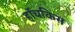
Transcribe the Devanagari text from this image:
हॉचकिस